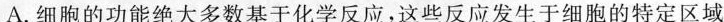
A.细胞的功能绝大多数基于化学反应，这些反应发生于细胞的特定区域